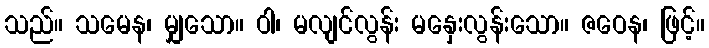
သည်။ သမေန၊ မျှသော။ ဝါ၊ မလျင်လွန်း မနှေးလွန်းသော။ ဇဝေန၊ ဖြင့်။